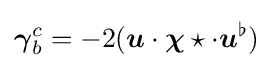
{\boldsymbol {\gamma }}_{b}^{c}=-2({\boldsymbol {u}}\cdot {\boldsymbol {\chi }}\star \cdot {\boldsymbol {u}}^{\flat })